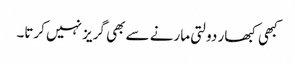
کبھی کبھار دولتی مارنے سے بھی گریز نہیں کرتا۔